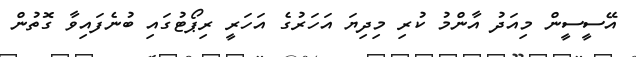
އޭސީސީން މިއަދު އާންމު ކުރި މިދިޔަ އަހަރުގެ އަހަރީ ރިޕޯޓުގައި ބުނެފައިވާ ގޮތުން